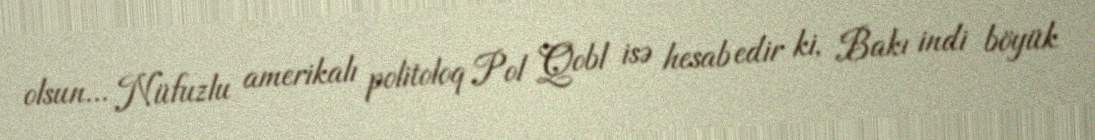
olsun... Nüfuzlu amerikalı politoloq Pol Qobl isə hesab edir ki, Bakı indi böyük